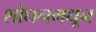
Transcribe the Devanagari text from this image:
शोधनमधून